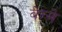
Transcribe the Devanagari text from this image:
बेग्ले